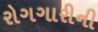
રોગગારીની